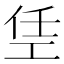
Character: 𫶭